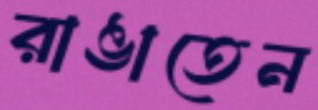
রাঙাতেন